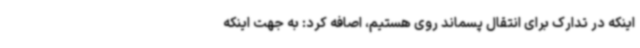
اینکه در تدارک برای انتقال پسماند روی هستیم، اصافه کرد: به جهت اینکه